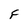
Character: F